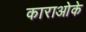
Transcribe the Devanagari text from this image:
काराओके